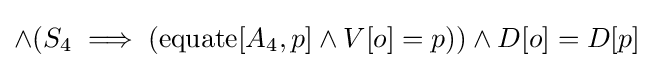
\land (S_{4}\implies (\operatorname {equate} [A_{4},p]\land V[o]=p))\land D[o]=D[p]